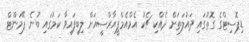
ޑިޕޮސިޓްގެ ގޮތުގައި ދައުލަތަށް ދެއްކި ޗެކު އެމްއެމްޕީއާރްސީއަށް ލިބިފައިވާ ކަމުގައި ބުނެ ޕޭމަންޓް